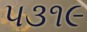
૫૩૧૯